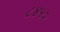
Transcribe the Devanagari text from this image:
८४५२